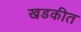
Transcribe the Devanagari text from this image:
खडकीत